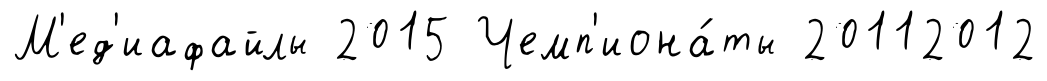
М'ед'иафайлы 2015 Чемп'иона́ты 20112012